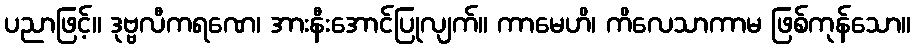
ပညာဖြင့်။ ဒုဗ္ဗလီကရဏေ၊ အားနီးအောင်ပြုလျက်။ ကာမေဟိ၊ ကိလေသာကာမ ဖြစ်ကုန်သော။